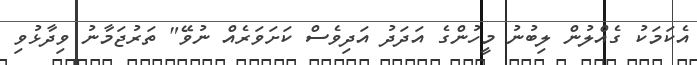
އެކަމަކު ގެއްލުން ލިބުނު މީހުންގެ އަދަދު އަދިވެސް ކަށަވަރެއް ނުވޭ" ތަރުޖަމާނު ވިދާޅުވި